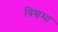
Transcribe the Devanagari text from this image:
विश्वमा